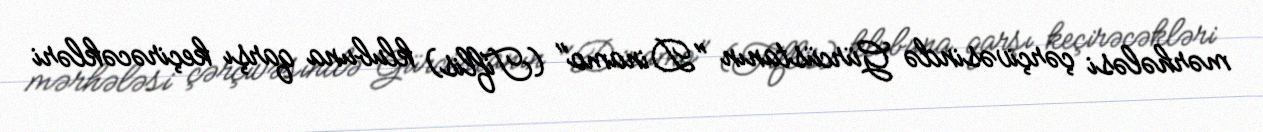
mərhələsi çərçivəsində Gürcüstanın "Dinamo" (Tiflis) klubuna qarşı keçirəcəkləri